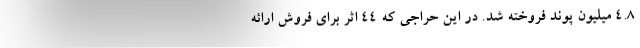
۴.۸ میلیون پوند فروخته شد. در این حراجی که ۴۴ اثر برای فروش ارائه